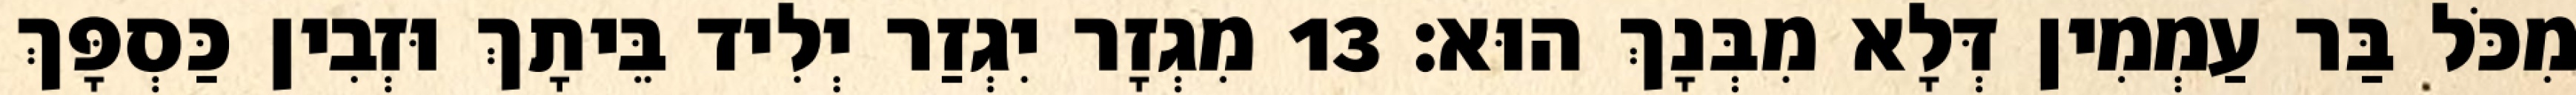
מִכֹּל בַּר עַמְמִין דְּלָא מִבְּנָךְ הוּא׃ 13 מִגְזָר יִגְזַר יְלִיד בֵּיתָךְ וּזְבִין כַּסְפָּךְ